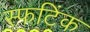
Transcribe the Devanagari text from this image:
स्फटिंक